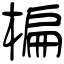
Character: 楄